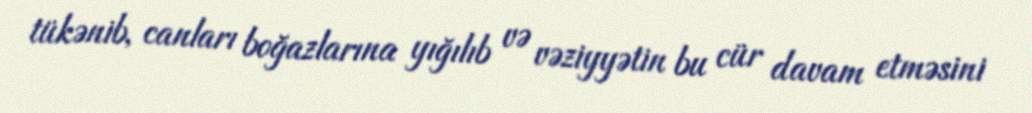
tükənib, canları boğazlarına yığılıb və vəziyyətin bu cür davam etməsini